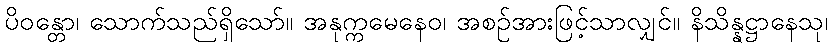
ပိဝန္တော၊ သောက်သည်ရှိသော်။ အနုက္ကမေနေဝ၊ အစဉ်အားဖြင့်သာလျှင်။ နိသိန္နဋ္ဌာနေသု၊